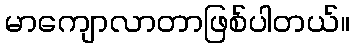
မာကျောလာတာဖြစ်ပါတယ်။